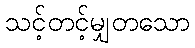
သင့်တင့်မျှတသော